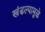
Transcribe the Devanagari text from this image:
खंडल्यामुळे